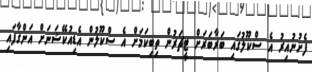
ފެށުނުއިރު އެ ސްކޫލުގައި ބަރާބަރަށް ޓީޗަރުން ތިބިކަމަށް އެ ސްކޫލުން އެޑިއުކޭޝަނަށް އަންގާފައި